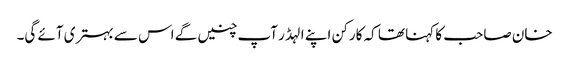
خان صاحب کا کہنا تھا کہ کارکن اپنے الہڈر آپ چنیں گے اس سے بہتری آئے گی۔